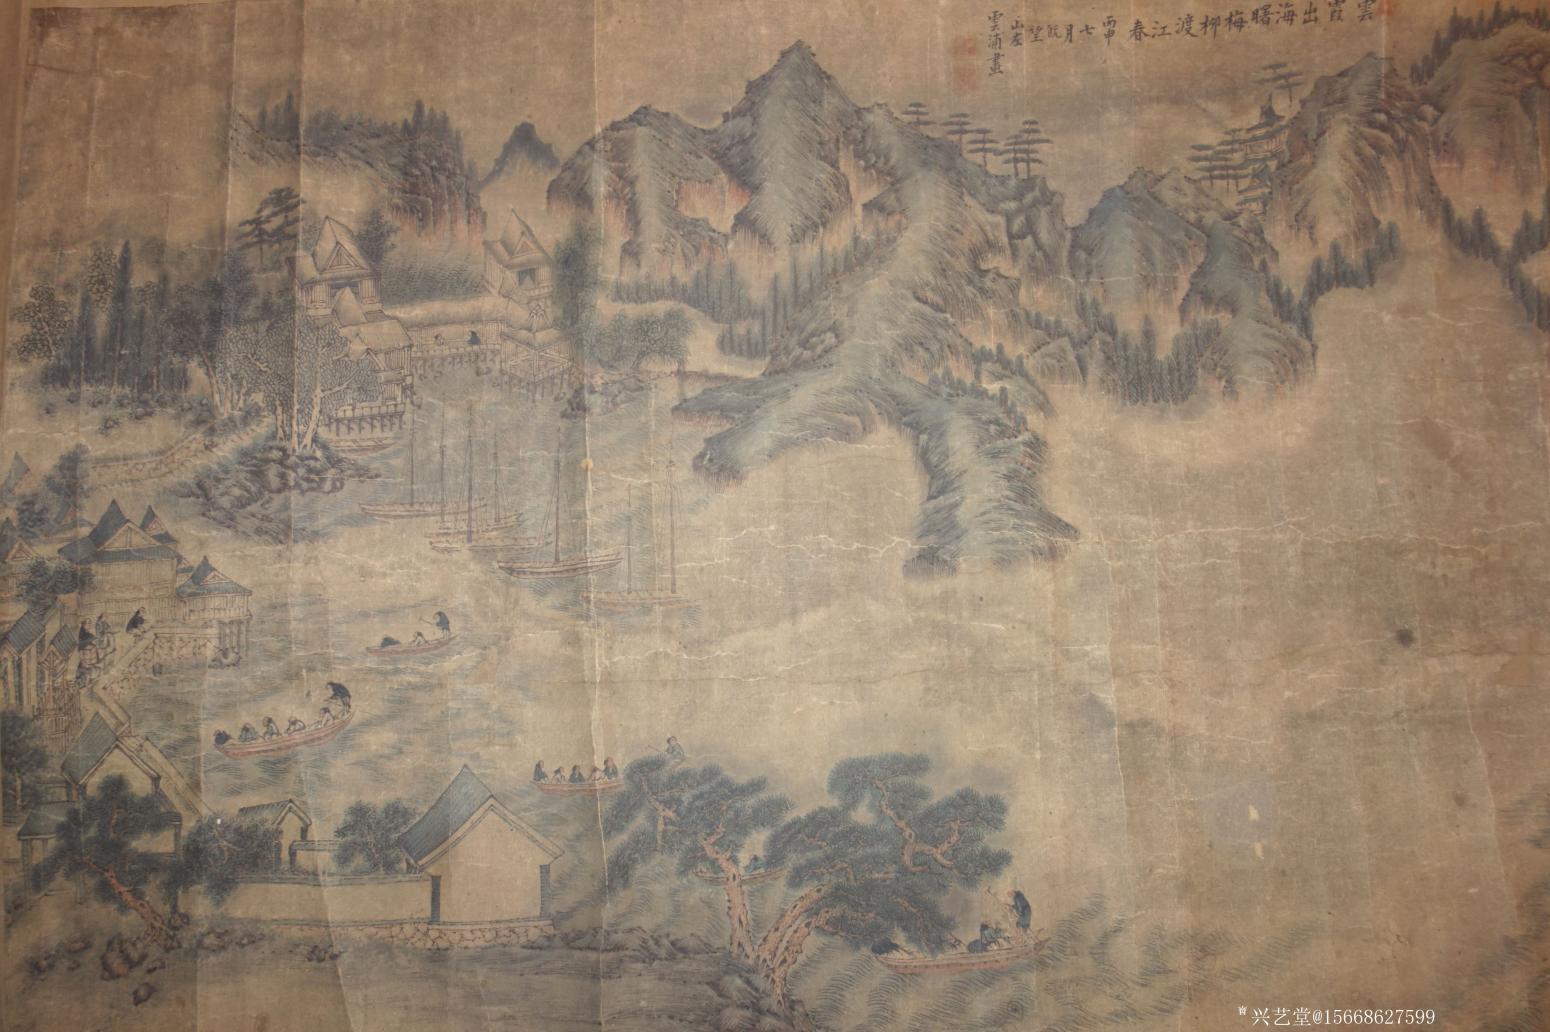
云霞出海曙，梅柳渡江春。